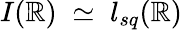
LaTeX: I(\mathbb{R})\; \simeq\; l_{sq}(\mathbb{R})